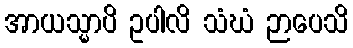
အာယသ္မာပိ ဥပါလိ သံဃံ ဉာပေသိ